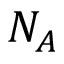
N _ { A }